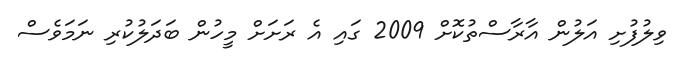
ވިލުފުށި އަލުން އާރާސްތުކޮށް 2009 ގައި އެ ރަށަށް މީހުން ބަދަލުކުރި ނަމަވެސް